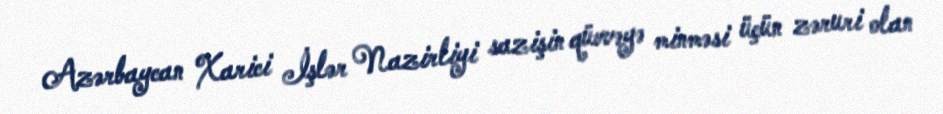
Azərbaycan Xarici İşlər Nazirliyi sazişin qüvvəyə minməsi üçün zəruri olan